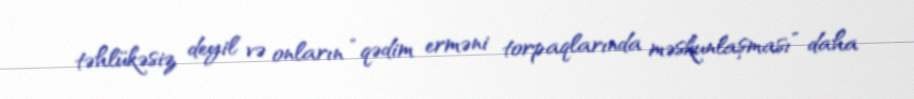
təhlükəsiz deyil və onların “qədim erməni torpaqlarında məskunlaşması” daha